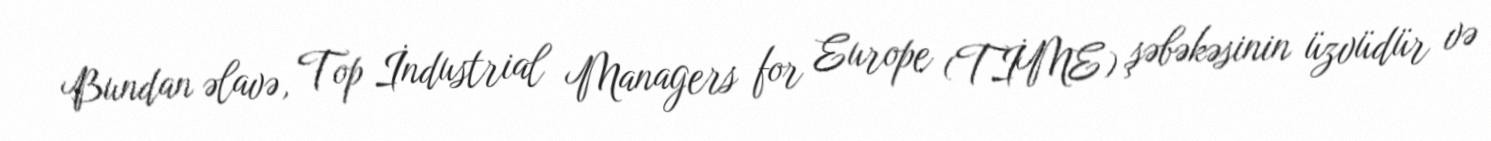
Bundan əlavə, Top İndustrial Managers for Europe (TİME) şəbəkəsinin üzvüdür və